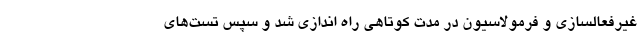
غیرفعالسازی و فرمولاسیون در مدت کوتاهی راه اندازی شد و سپس تست‌های